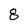
Character: 8